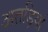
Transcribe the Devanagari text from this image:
अतड़ियां